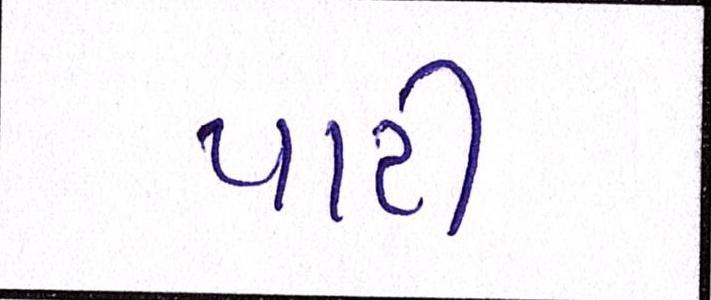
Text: પાટી